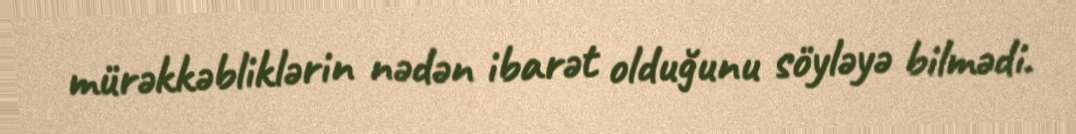
mürəkkəbliklərin nədən ibarət olduğunu söyləyə bilmədi.